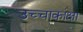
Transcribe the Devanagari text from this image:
उच्चाकांक्षा